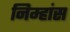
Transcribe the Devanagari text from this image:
निम्हांस